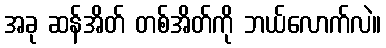
အခု ဆန်အိတ် တစ်အိတ်ကို ဘယ်လောက်လဲ။